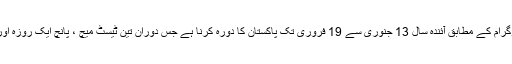
بھارتی کرکٹ ٹیم نے اب تک کے پروگرام کے مطابق آئندہ سال 13 جنوری سے 19 فروری تک پاکستان کا دورہ کرنا ہے جس دوران تین ٹیسٹ میچ ، پانچ ایک روزہ اور ایک ٹوئنٹی ٹوئنٹی مچ کھیلاجائے گا۔